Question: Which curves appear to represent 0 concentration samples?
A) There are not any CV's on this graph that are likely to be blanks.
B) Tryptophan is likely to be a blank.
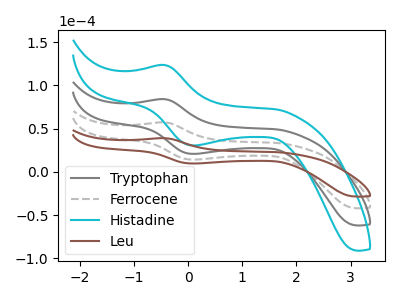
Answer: <think>The gray curve "Tryptophan" has an anodic peak at (-0.45V, 114.50uA) and a cathodic peak at (0.15V, 28.25uA). The gray dashed curve "Ferrocene" has an anodic peak at (-0.45V, 57.25uA) and a cathodic peak at (0.15V, 14.10uA). The cyan curve "Histadine" has an anodic peak at (-0.45V, 171.70uA) and a cathodic peak at (0.15V, 42.35uA). The brown curve "Leu" has an anodic peak at (-0.45V, 38.95uA) and a cathodic peak at (0.15V, 9.60uA).</think>
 <answer>A) There are not any CV's on this graph that are likely to be blanks.</answer>
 <eval>A</eval>